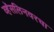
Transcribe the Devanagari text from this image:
व्हॅसलिनवरचा